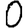
Digit: 0